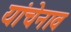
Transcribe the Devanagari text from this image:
यांचेनाव